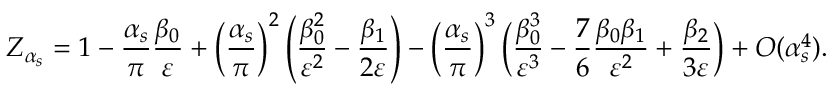
Z _ { \alpha _ { s } } = 1 - \frac { \alpha _ { s } } { \pi } \frac { \beta _ { 0 } } { \varepsilon } + \left( \frac { \alpha _ { s } } { \pi } \right) ^ { 2 } \left( \frac { \beta _ { 0 } ^ { 2 } } { \varepsilon ^ { 2 } } - \frac { \beta _ { 1 } } { 2 \varepsilon } \right) - \left( \frac { \alpha _ { s } } { \pi } \right) ^ { 3 } \biggl ( \frac { \beta _ { 0 } ^ { 3 } } { \varepsilon ^ { 3 } } - \frac { 7 } { 6 } \frac { \beta _ { 0 } \beta _ { 1 } } { \varepsilon ^ { 2 } } + \frac { \beta _ { 2 } } { 3 \varepsilon } \biggr ) + O ( \alpha _ { s } ^ { 4 } ) .